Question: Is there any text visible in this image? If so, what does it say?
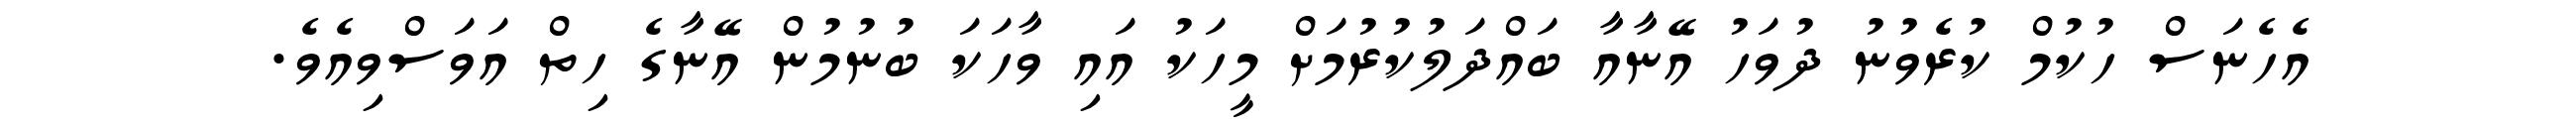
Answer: އެހެނަސް ހުކުމް ކުރެވުނު ދުވަހު އޭނާއާ ބައްދަލުކުރުމަށް މީހަކު އައި ވާހަކަ ބުނުމުން އޭނާގެ ހިތް އަވަސްވިއެވެ.